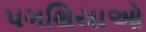
પગથિયાઓ